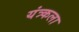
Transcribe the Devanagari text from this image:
यंत्र्कला